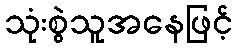
သုံးစွဲသူအနေဖြင့်